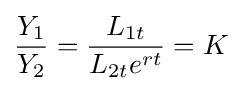
{\frac {Y_{1}}{Y_{2}}}={\frac {L_{1t}}{L_{2t}e^{rt}}}=K